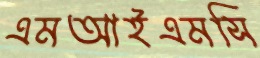
এমআইএমসি